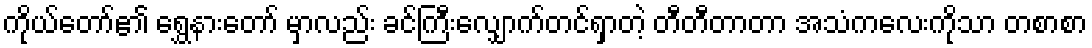
ကိုယ်တော်၏ ရွှေနားတော် မှာလည်း ခင်ကြီးလျှောက်တင်ရှာတဲ့ တီတီတာတာ အသံကလေးကိုသာ တစာစာ